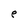
Character: e